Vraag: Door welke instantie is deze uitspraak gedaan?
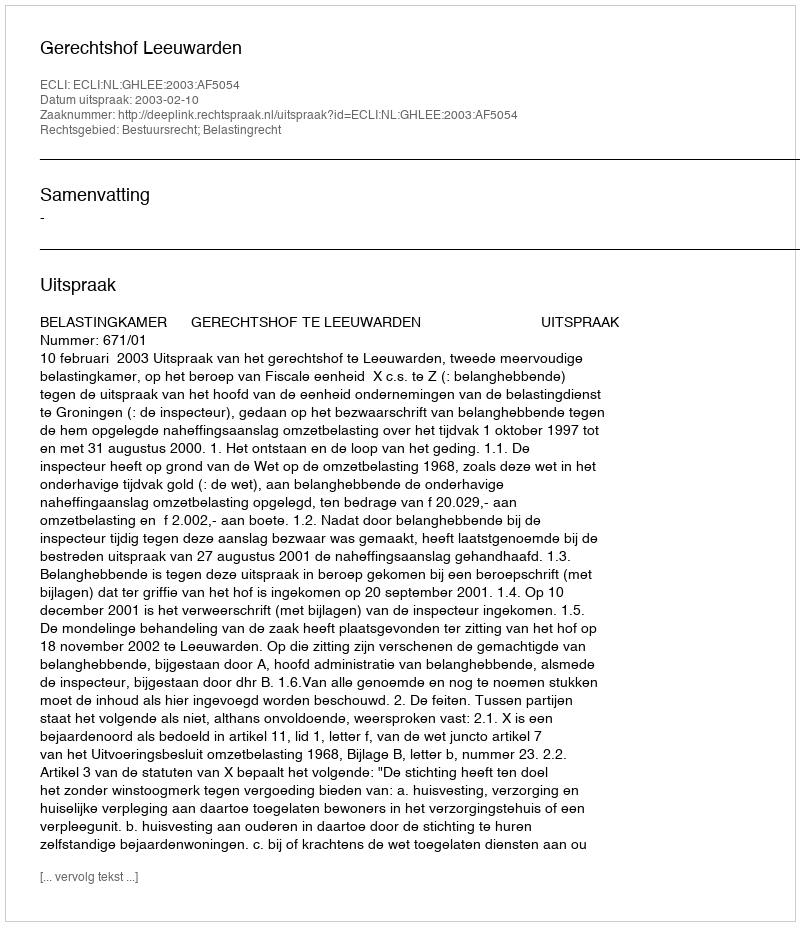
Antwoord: Gerechtshof Leeuwarden